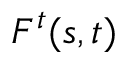
{ F ^ { t } } ( s , t )